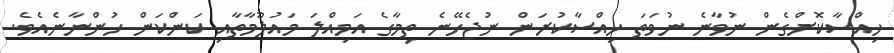
ހިއްސާކޮށްގެން ނުވާނެ ނުވަތަ ހިއްސާކުރަން ނުޖެހޭނެ ތިމާގެ އަމިއްލަ މައުލޫމާތާއި ކަންކަން ހުންނާނެއެވެ.